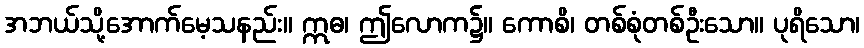
အဘယ်သို့အောက်မေ့သနည်း။ ဣဓ၊ ဤလောက၌။ ကောစိ၊ တစ်စုံတစ်ဦးသော။ ပုရိသော၊